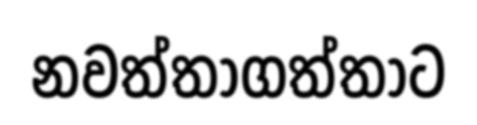
නවත්තාගත්තාට